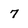
Character: 7